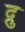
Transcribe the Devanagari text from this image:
द्रु